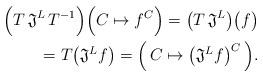
LaTeX: \begin{align*}\Big( T \, \mathfrak{J}^L \, T^{-1} \Big) \Big( C \mapsto f^C \Big) = \big(T \, \mathfrak{J}^L \big) \big(f\big) \\ = T \big( \mathfrak{J}^L f \big) = \Big( \, C \mapsto \big(\mathfrak{J}^L f\big)^C \, \Big).\end{align*}